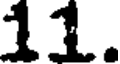
11.